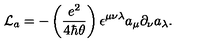
{ \mathcal L } _ { a } = - \left( { \frac { e ^ { 2 } } { 4 \hbar \theta } } \right) \epsilon ^ { \mu \nu \lambda } a _ { \mu } \partial _ { \nu } a _ { \lambda } .